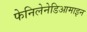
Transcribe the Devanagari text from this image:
फेनिलेनेडिआमाइन